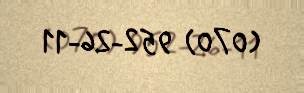
(070) 952-26-11